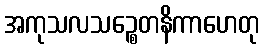
အကုသလသဉ္စေတနိကာဟေတု